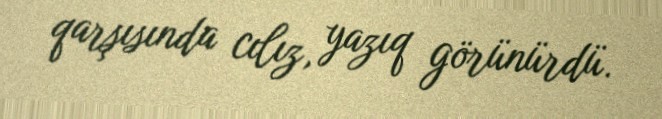
qarşısında cılız, yazıq görünürdü.